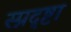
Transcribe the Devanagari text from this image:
स्प्नदृष्टा